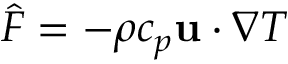
\widehat F = - \rho { c _ { p } } { \bf { u } } \cdot \nabla T